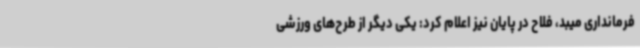
فرمانداری میبد، فلاح در پایان نیز اعلام کرد: یکی دیگر از طرح‌های ورزشی